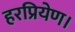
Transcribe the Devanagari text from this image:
हरप्रियेण।